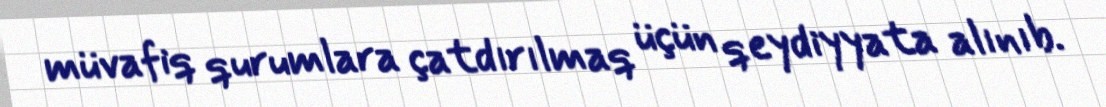
müvafiq qurumlara çatdırılmaq üçün qeydiyyata alınıb.